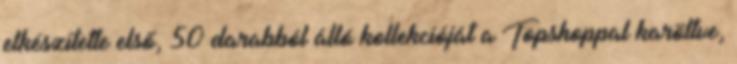
elkészítette első, 50 darabból álló kollekcióját a Topshoppal karöltve,